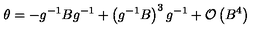
\theta = - g ^ { - 1 } B g ^ { - 1 } + \left( g ^ { - 1 } B \right) ^ { 3 } g ^ { - 1 } + \mathcal { O } \left( B ^ { 4 } \right)